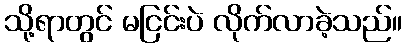
သို့ရာတွင် မငြင်းပဲ လိုက်လာခဲ့သည်။